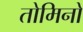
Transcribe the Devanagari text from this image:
तोमिनो